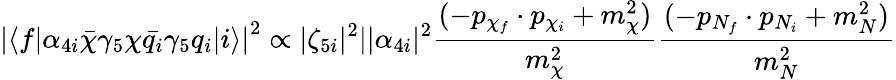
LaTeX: \left|\langle f|\alpha_{4i}\bar{\chi}\gamma_{5}\chi\bar{q_{i}}\gamma_{5}q_{i}|i\rangle\right|^{2}\propto|\zeta_{5i}|^{2}||\alpha_{4i}|^{2}\frac{(-p_{\chi_{f}}\cdot p_{\chi_{i}}+m_{\chi}^{2})}{m_{\chi}^{2}}\frac{(-p_{N_{f}}\cdot p_{N_{i}}+m_{N}^{2})}{m_{N}^{2}}